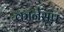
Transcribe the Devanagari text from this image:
कार्नसूप